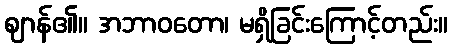
ဈာန်၏။ အဘာဝတော၊ မရှိခြင်းကြောင့်တည်း။